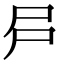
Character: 𡰲